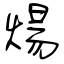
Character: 煬